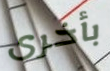
بأخرى